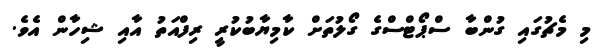
މި މެޗުގައި ގުންބާ ސްޕޯޓްސްގެ ގޯލުތަށް ކާމިޔާބުކުރީ ރިފްއަތު އާއި ޝިހާން އެވެ.